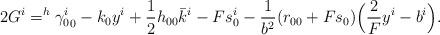
LaTeX: \begin{align*}2G^i = ^{h}{\gamma_{0}^{i}}_0 - k_0y^i + \frac{1}{2}h_{00}\bar{k}^i - F s_0^i - \frac{1}{b^2}(r_{00} + Fs_0)\Bigl(\frac{2}{F}y^i - b^i\Bigr).\end{align*}